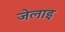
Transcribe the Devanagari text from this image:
जेलाइ